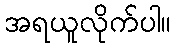
အရယူလိုက်ပါ။